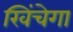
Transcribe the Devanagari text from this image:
खिंचेगा